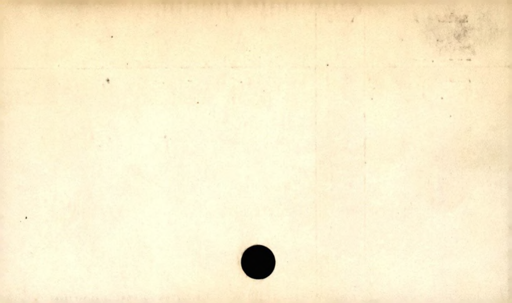
Label: blank